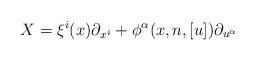
LaTeX: \begin{align*}X=\xi^{i}(x)\partial_{x^i}+\phi^{\alpha}(x,n,[u])\partial_{u^{\alpha}}\end{align*}